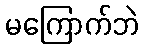
မကြောက်ဘဲ